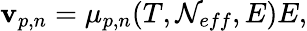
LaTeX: \mathbf{v}_{p,n}=\mu_{p,n}(T,\mathcal{N}_{eff},E)E,